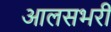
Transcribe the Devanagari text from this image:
आलसभरी